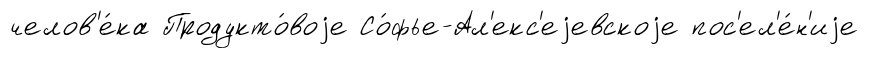
челов'е́ка Продукто́воjе Со́фье-Ал'екс'еjевскоjе пос'ел'е́н'иjе